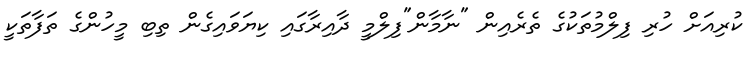
ކުރިއަށް ހުރި ފިލްމުތަކުގެ ތެރެއިން "ނާމާން"ފިލްމީ ދާއިރާގައި ކިޔަވައިގެން ތިބި މީހުންގެ ތަފާތަކީ